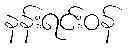
နန်းရင်းဝန်